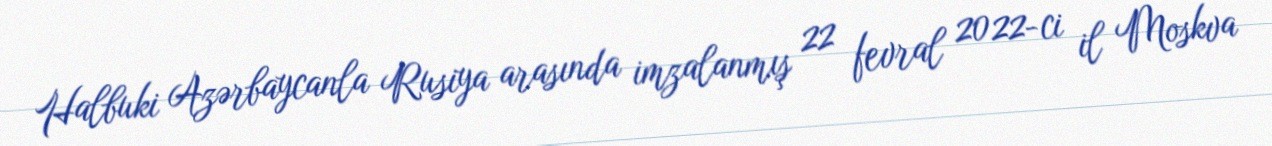
Halbuki Azərbaycanla Rusiya arasında imzalanmış 22 fevral 2022-ci il Moskva